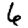
Digit: 6